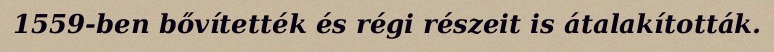
1559-ben bővítették és régi részeit is átalakították.